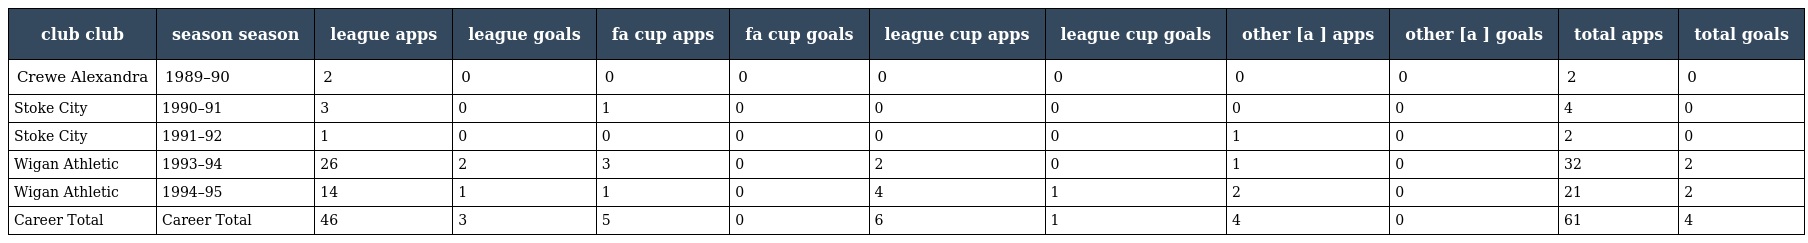
| club club | season season | league apps | league goals | fa cup apps | fa cup goals | league cup apps | league cup goals | other [a ] apps | other [a ] goals | total apps | total goals |
 | --- | --- | --- | --- | --- | --- | --- | --- | --- | --- | --- | --- |
 | Crewe Alexandra | 1989–90 | 2 | 0 | 0 | 0 | 0 | 0 | 0 | 0 | 2 | 0 |
 | Stoke City | 1990–91 | 3 | 0 | 1 | 0 | 0 | 0 | 0 | 0 | 4 | 0 |
 | Stoke City | 1991–92 | 1 | 0 | 0 | 0 | 0 | 0 | 1 | 0 | 2 | 0 |
 | Wigan Athletic | 1993–94 | 26 | 2 | 3 | 0 | 2 | 0 | 1 | 0 | 32 | 2 |
 | Wigan Athletic | 1994–95 | 14 | 1 | 1 | 0 | 4 | 1 | 2 | 0 | 21 | 2 |
 | Career Total | Career Total | 46 | 3 | 5 | 0 | 6 | 1 | 4 | 0 | 61 | 4 |